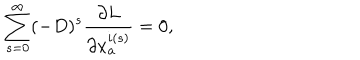
\sum _ { s = 0 } ^ { \infty } ( - D ) ^ { s } \frac { \partial L } { \partial x _ { a } ^ { i ( s ) } } = 0 ,